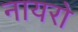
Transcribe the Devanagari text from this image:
नायरो